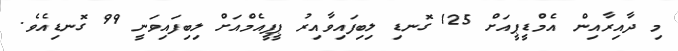
މި ދާއިރާއިން އެމްޑީޕީއަށް 125 ގޮނޑި ލިބިފައިވާއިރު ޕީޕީއެމްއަށް ލިބިފައިވަނީ 99 ގޮނޑިއެވެ.